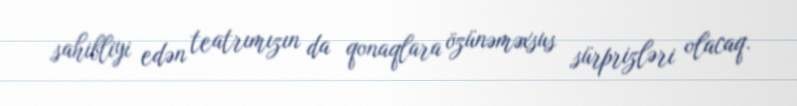
sahibliyi edən teatrımızın da qonaqlara özünəməxsus sürprizləri olacaq.